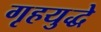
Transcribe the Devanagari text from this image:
गृहयुद्धे